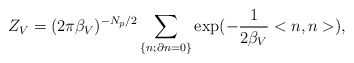
\begin{align*}Z_V = (2\pi {\beta}_V)^{-N_p/2} \sum_{\left\{ n; \partial n = 0 \right\}}\exp(-\frac{1}{2{\beta}_V}<n,n>),\end{align*}